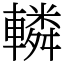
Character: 轔